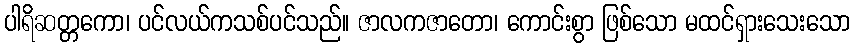
ပါရိဆတ္တကော၊ ပင်လယ်ကသစ်ပင်သည်။ ဇာလကဇာတော၊ ကောင်းစွာ ဖြစ်သော မထင်ရှားသေးသော